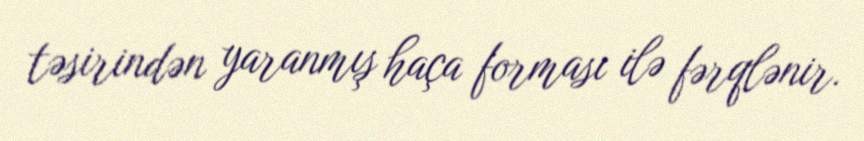
təsirindən yaranmış haça forması ilə fərqlənir.